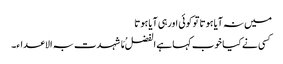
میں نہ آیا ہوتا توکوئی اورہی آیا ہوتا
کسی نے کیا خوب کہا ہے الفضلُ مَا شہدت بہ الاعداء۔